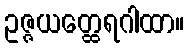
ဥဇ္ဇယတ္ထေရဂါထာ။